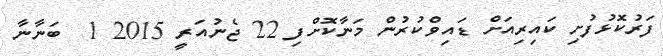
ފަރުކޮޅުފުށި ކައިރިއަށް ޑައިވްކުރުން މަނާކޮށްފި 22 ޖެނުއަރީ 2015 1  ބަނާނާ